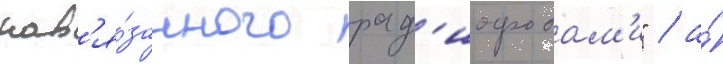
нав'я́занного рад'иофобам'и" / а́